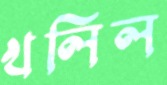
খলিল